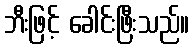
ဘီးဖြင့် ခေါင်းဖြီးသည်။